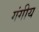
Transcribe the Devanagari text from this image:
गंगीय